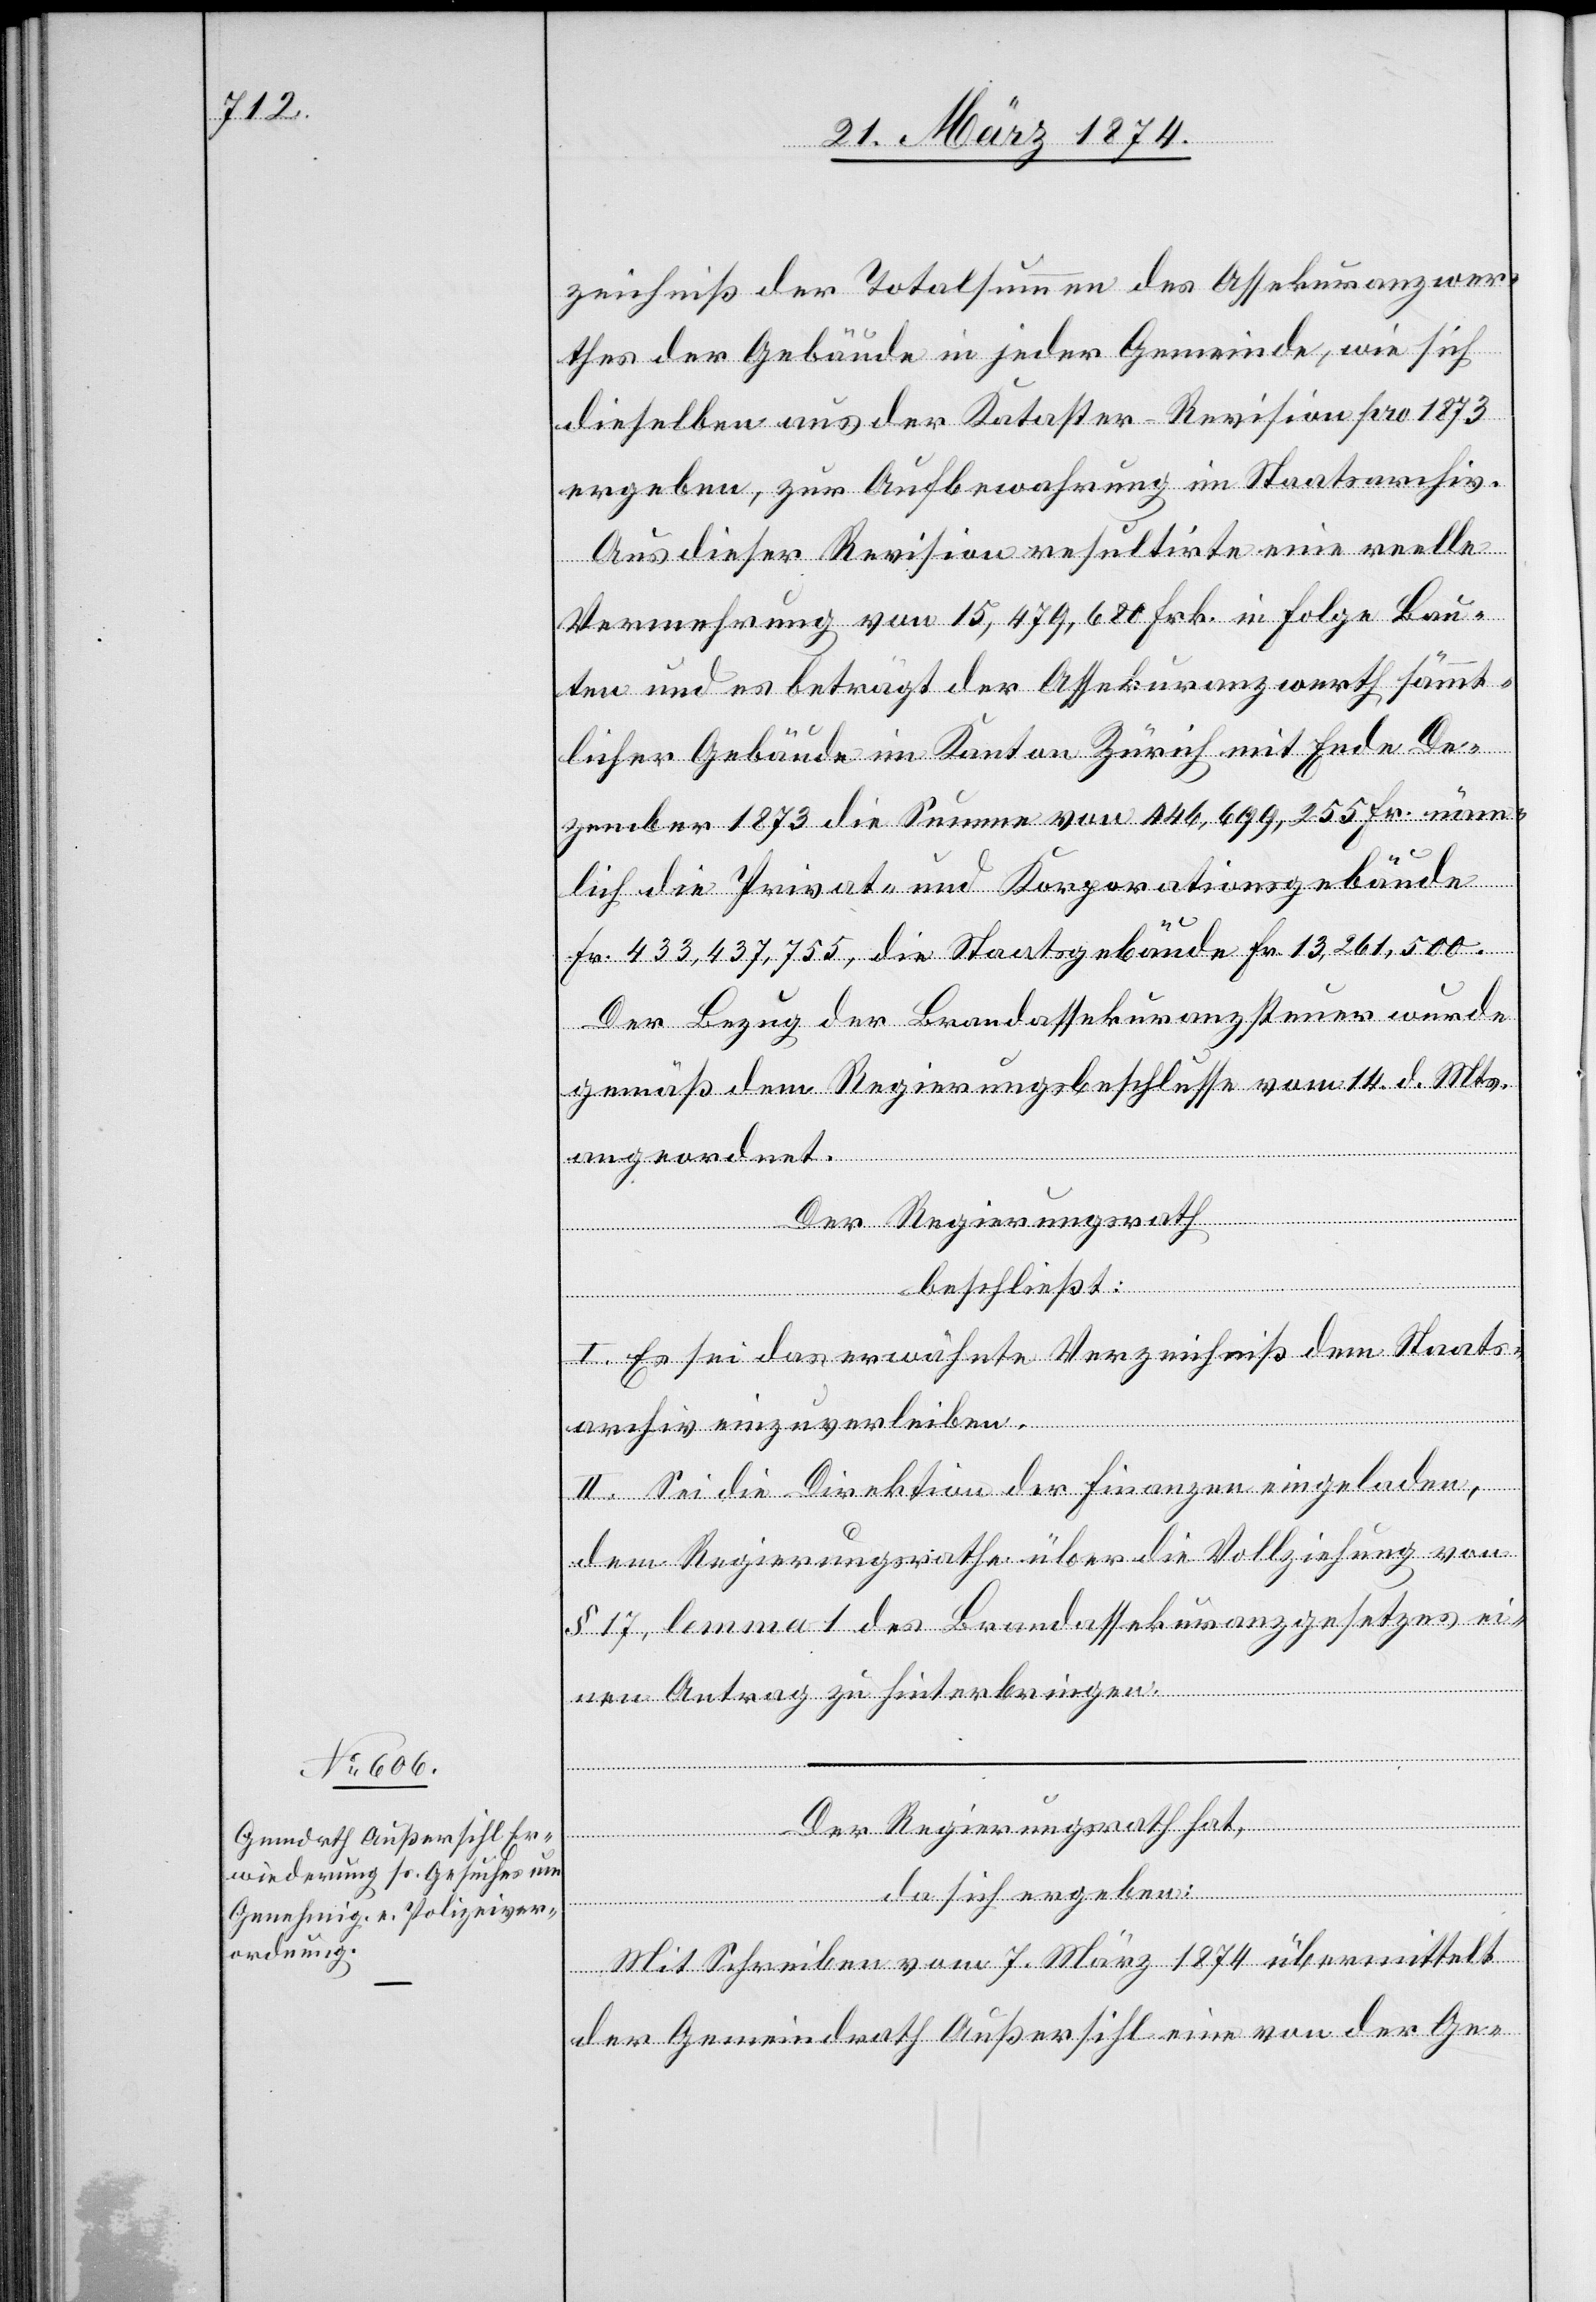
zeichniß der Totalsumme des Assekuranzwer¬
thes der Gebäude in jeder Gemeinde, wie sich
dieselben aus der Kataster-Revision pro 1873
ergeben, zur Aufbewahrung im Staatsarchiv.
Aus dieser Revision resultirte eine reelle
Vermehrung von 15,479,680 Frk. in Folge Bau¬
ten und es beträgt der Assekuranzwerth sämmt¬
licher Gebäude im Kanton Zürich mit Ende De¬
zember 1873 die Summe von 446,699,255 Fr. näm¬
lich die Privat- und Korporationsgebäude
Fr. 433,437,755, die Staatsgebäude Fr. 13,261,500.
Der Bezug der Brandassekuranzsteuer wurde
gemäß dem Regierungsbeschlusse vom 14. d. Mts.
angeordnet.
Der Regierungsrath
beschließt:
I. Es sei das erwähnte Verzeichniß dem Staats¬
archiv einzuverleiben.
II. Sei die Direktion der Finanzen eingeladen,
dem Regierungsrathe über die Vollziehung von
§ 17, lemma 1 des Brandassekuranzgesetzes ei¬
nen Antrag zu hinterbringen.
Der Regierungsrath hat,
da sich ergeben:
Mit Schreiben vom 7. März 1874 übermittelt
der Gemeindrath Außersihl eine von der Ge-